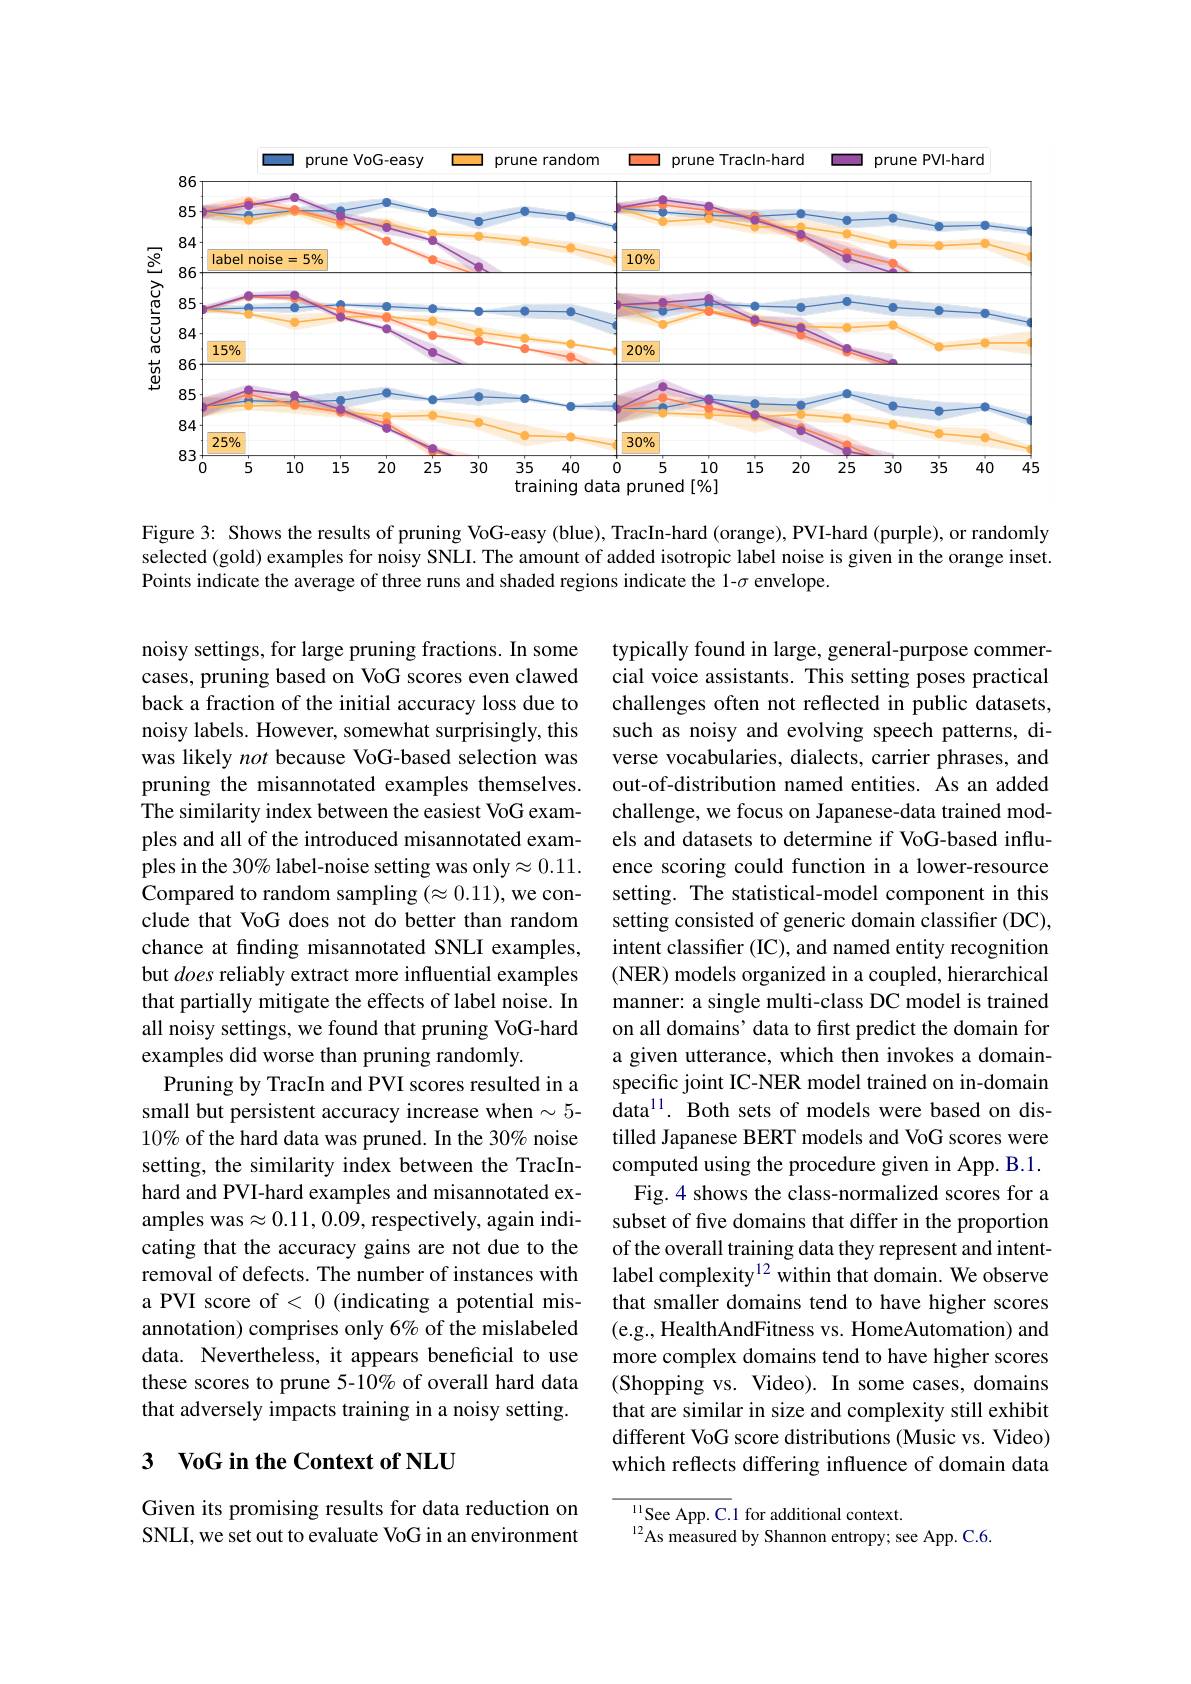
<FigureHere>

Figure 3: Shows the results of pruning VoG-easy (blue), TracIn-hard (orange), PVI-hard (purple), or randomly selected (gold) examples for noisy SNLI. The amount of added isotropic label noise is given in the orange inset. Points indicate the average of three runs and shaded regions indicate the 1-$\sigma$ envelope.

noisy settings, for large pruning fractions. In some cases, pruning based on VoG scores even clawed back a fraction of the initial accuracy loss due to noisy labels. However, somewhat surprisingly, this was likely not because VoG-based selection was pruning the misannotated examples themselves. The similarity index between the easiest VoG examples and all of the introduced misannotated examples in the 30% label-noise setting was only$\approx0.11.$ Compared to random sampling $(\approx0.11)$,we conclude that VoG does not do better than random chance at finding misannotated SNLI examples, but does reliably extract more influential examples that partially mitigate the effects of label noise. In all noisy settings, we found that pruning VoG-hard examples did worse than pruning randomly
Pruning by TracIn and PVI scores resulted in a small but persistent accuracy increase when $\sim5$- $10\%$ of the hard data was pruned. In the 30% noise setting, the similarity index between the TracInhard and PVI-hard examples and misannotated examples was$\approx0.11,0.09$, respectively, again indicating that the accuracy gains are not due to the removal of defects. The number of instances with a PVI score of < 0 (indicating a potential misannotation) comprises only 6% of the mislabeled data. Nevertheless, it appears beneficial to use these scores to prune 5-10% of overall hard data that adversely impacts training in a noisy setting.

typically found in large, general-purpose commercial voice assistants. This setting poses practical challenges often not reflected in public datasets, such as noisy and evolving speech patterns, diverse vocabularies, dialects, carrier phrases, and out-of-distribution named entities. As an added challenge, we focus on Japanese-data trained models and datasets to determine if VoG-based influence scoring could function in a lower-resource setting. The statistical-model component in this setting consisted of generic domain classifier (DC), intent classifier (IC), and named entity recognition (NER) models organized in a coupled, hierarchical manner: a single multi-class DC model is trained on all domains’ data to first predict the domain for a given utterance, which then invokes a domainspecific joint IC-NER model trained on in-domain data$^{11}.$ Both sets of models were based on distilled Japanese BERT models and VoG scores were computed using the procedure given in App. B.1.
Fig.4 shows the class-normalized scores for a subset of five domains that differ in the proportion of the overall training data they represent and intentlabel complexity$^{12}$ within that domain. We observe that smaller domains tend to have higher scores (e.g., HealthAndFitness vs. HomeAutomation) and more complex domains tend to have higher scores (Shopping vs. Video). In some cases, domains that are similar in size and complexity still exhibit different VoG score distributions (Music vs. Video) which reflects differing influence of domain data

## 3 $\textbf{VoG in the Context of NLU}$

Given its promising results for data reduction on SNLI, we set out to evaluate VoG in an environment

$\overline{\mathrm{ll}_{12}\text{See App. C.}{1}}$for additional context.
$^{12}$As measured by Shannon entropy; see App. C.6.